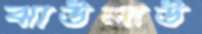
ঝাউলাউ